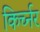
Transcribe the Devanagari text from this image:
किर्च्नर